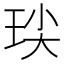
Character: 𭹈